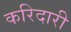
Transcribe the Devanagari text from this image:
करिदारी